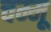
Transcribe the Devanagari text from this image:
चम्मू